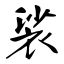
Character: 裟